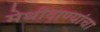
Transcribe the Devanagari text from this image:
मेथीदाण्यांचा